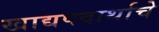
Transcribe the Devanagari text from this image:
खाद्यपदार्थाचे